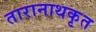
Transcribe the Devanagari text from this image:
तारानाथकृत